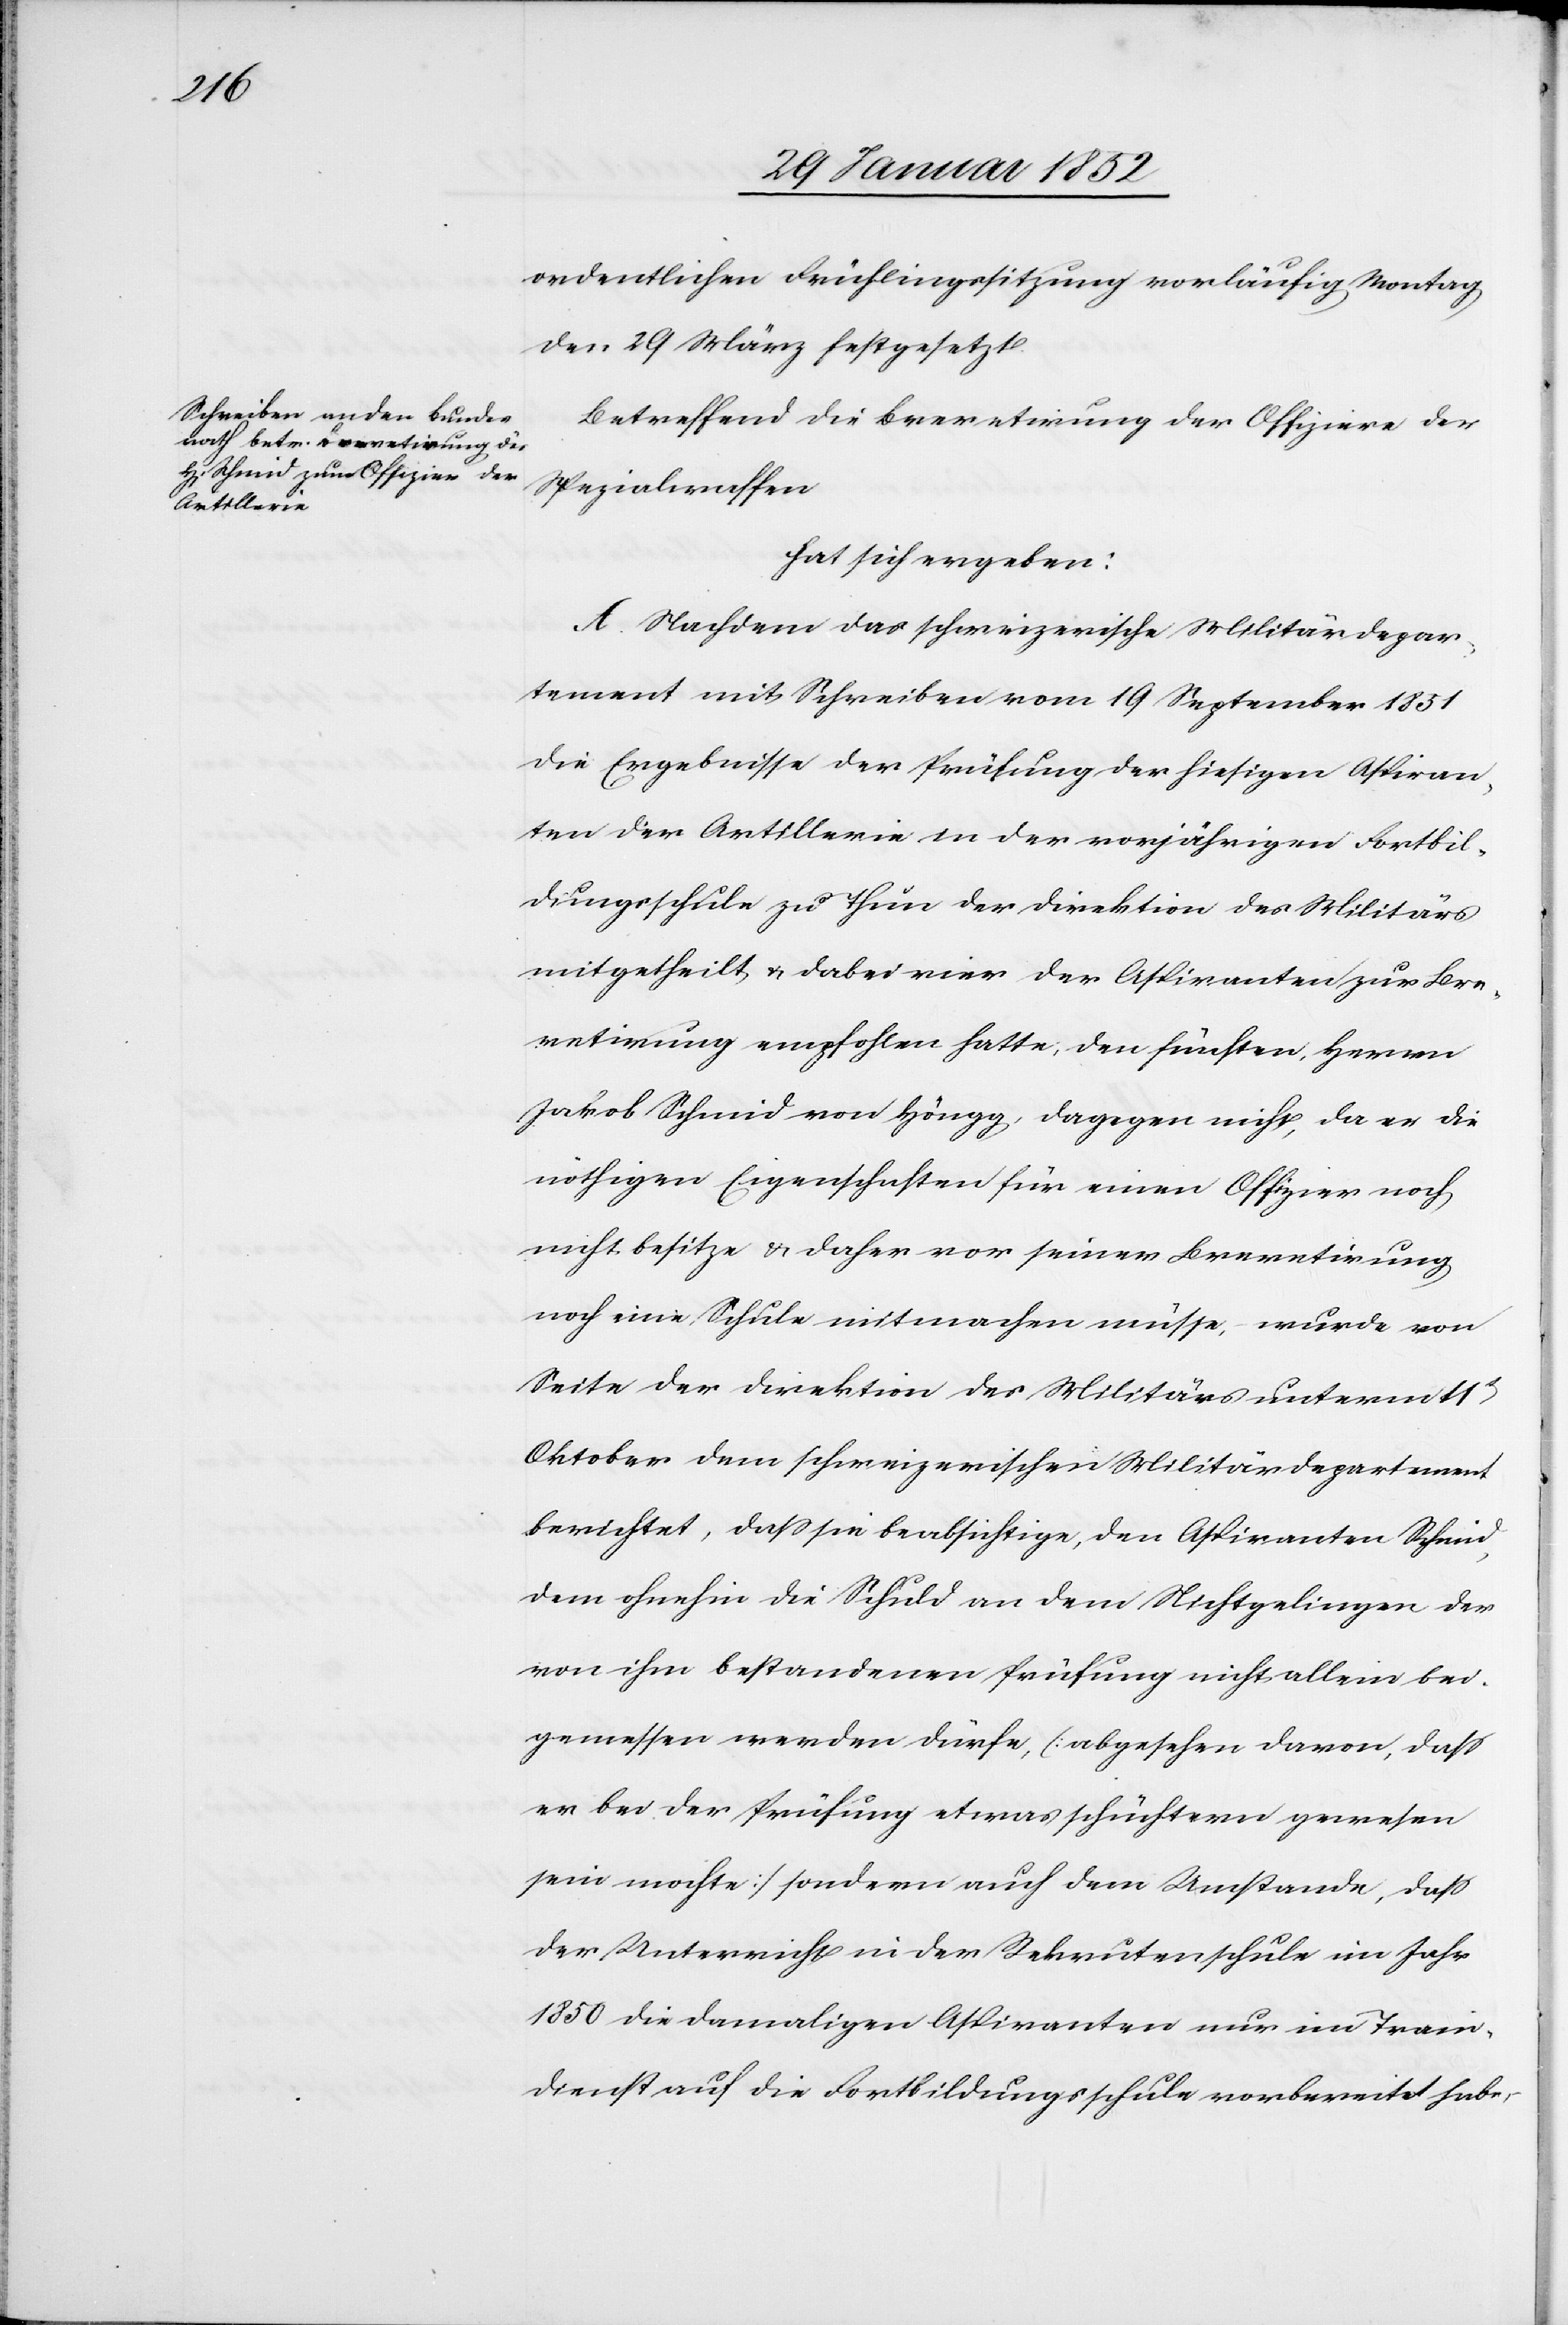
ordentlichen Frühlingssitzung vorläufig Montag
den 29 März festgesetzt.
Betreffend die Brevetirung der Offiziere der
Spezialwaffen
hat sich ergeben:
A. Nachdem das schweizerische Militärdepar¬
tement mit Schreiben vom 19 September 1851
die Ergebnisse der Prüfung der hiesigen Aspiran¬
ten der Artillerie in der vorjährigen Fortbil¬
dungsschule zu Thun der Direktion des Militärs
mitgetheilt u. dabei vier der Aspiranten zur Bre¬
vetirung empfohlen hatte, den frühern Herrn
Jakob Schmid von Höngg, dagegen nicht, da er die
nöthigen Eigenschaften für einen Offizier noch
nicht besitze u. daher vor seiner Brevetirung
noch eine Schule mitmachen müsse, wurde von
Seite der Direktion des Militärs unterm 11t
Oktober dem schweizerischen Militärdepartement
berichtet, daß sie beabsichtige, den Aspiranten Schmid,
dem ohnehin die Schuld an dem Nichtgelingen der
von ihm bestandenen Prüfung nicht allein bei¬
gemessen werden dürfe, [abgesehen davon, daß
er bei der Prüfung etwas schüchtern gewesen
sein mochte] sondern auch dem Umstande, daß
der Unterricht in der Rekrutenschule im Jahr
1850 die damaligen Aspiranten nur im Train¬
dienst auf die Fortbildungsschule vorbereitet habe,